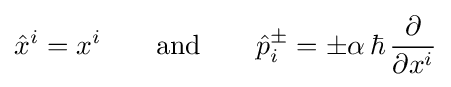
{\hat {x}}^{i}=x^{i}\qquad {\rm {and}}\qquad {\hat {p}}_{i}^{\pm }=\pm \alpha \,\hbar \,{\frac {\partial }{\partial x^{i}}}